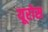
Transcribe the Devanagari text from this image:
यूरोस